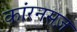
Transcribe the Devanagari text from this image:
कांरनसज़